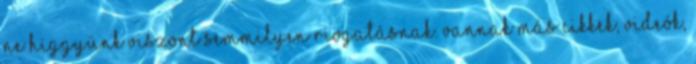
Ne higgyünk viszont semmilyen riogatásnak. Vannak más cikkek, videók,